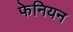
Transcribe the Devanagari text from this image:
फेनियन